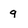
Character: q